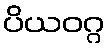
ပိယဝဂ္ဂ